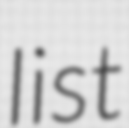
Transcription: list